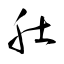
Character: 肚